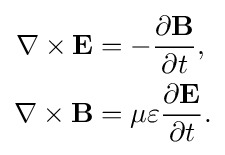
{\begin{aligned}\nabla \times \mathbf {E} &=-{\frac {\partial \mathbf {B} }{\partial t}},\\\nabla \times \mathbf {B} &=\mu \varepsilon {\frac {\partial \mathbf {E} }{\partial t}}.\end{aligned}}